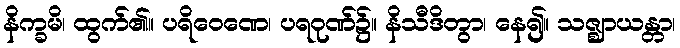
နိက္ခမိ၊ ထွက်၏။ ပရိဝေဏေ၊ ပရဝုဏ်၌။ နိသီဒိတွာ၊ နေ၍။ သဇ္ဈာယန္တာ၊